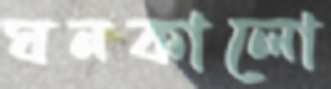
ঘনকালো